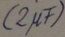
Text: (2µF)